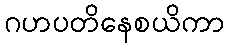
ဂဟပတိနေစယိကာ